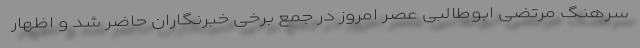
سرهنگ مرتضی ابوطالبی عصر امروز در جمع برخی خبرنگاران حاضر شد و اظهار